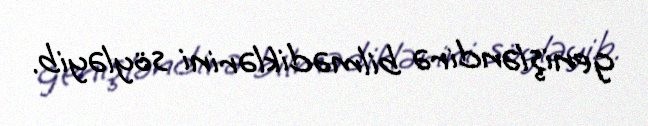
genişləndirə bilmədiklərini söyləyib.